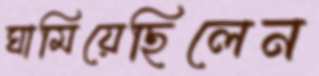
ঘামিয়েছিলেন